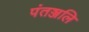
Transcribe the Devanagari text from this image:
पंतञ्जलि